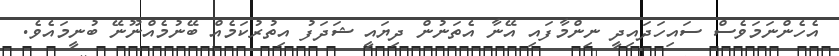
އެހެންނަމަވެސް ސައިހަދައިދީ ނިންމާފައި އޭނާ އެތަނުން ދިޔައީ ޝަދަފު އިތުރުކަމެއް ބޭނުމެއްނޫނޭ ބުނީމައެވެ.